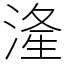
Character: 湰